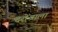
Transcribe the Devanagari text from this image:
दरोंवाला